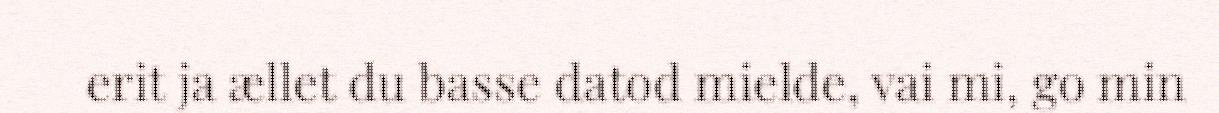
erit ja ællet du basse datod mielde, vai mi, go min